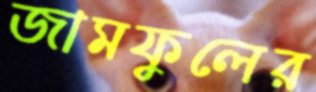
জামফুলের